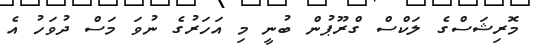
މޮރިޝަސްގެ ލަކްސް ގްރޫޕުން ބުނީ މި އަހަރުގެ ނުވަ މަސް ދުވަހު އެ